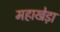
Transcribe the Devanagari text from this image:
महाखेड़ा